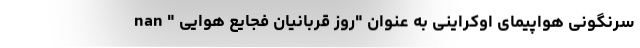
سرنگونی هواپیمای اوکراینی به عنوان "روز قربانیان فجایع هوایی " nan